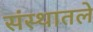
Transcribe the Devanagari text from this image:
संस्थातले